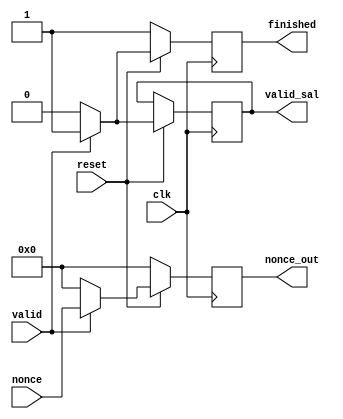
module system_out(
    output reg finished,
    output reg [31:0] nonce_out,
    output reg valid_sal,
    input clk, 
    input reset,
    input valid,
    input [31:0] nonce
    );

always @(posedge clk) begin
	if (reset == 0)begin
        finished <= 1;
        nonce_out <= 0;
    end
  	else begin
          if(valid == 1) begin
              nonce_out <= nonce;
              finished <= 1;
              valid_sal <= 1;
          end
          else begin
              nonce_out <= 0;
              finished <= 0;
                valid_sal <= 0;
          end
    end     
end
endmodule